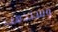
وسنذهب